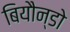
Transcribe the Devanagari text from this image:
बियौन्डो